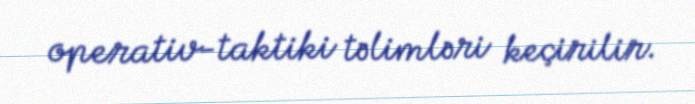
operativ-taktiki təlimləri keçirilir.